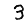
Digit: 3